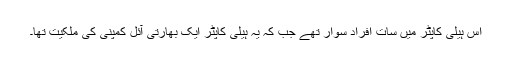
اس ہیلی کاپٹر میں سات افراد سوار تھے جب کہ یہ ہیلی کاپٹر ایک بھارتی آئل کمپنی کی ملکیت تھا۔